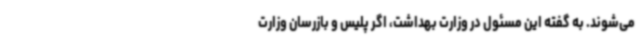
می‌شوند. به گفته این مسئول در وزارت بهداشت، اگر پلیس و بازرسان وزارت